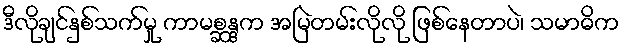
ဒီလိုချင်နှစ်သက်မှု ကာမစ္ဆန္ဒက အမြဲတမ်းလိုလို ဖြစ်နေတာပဲ၊ သမာဓိက